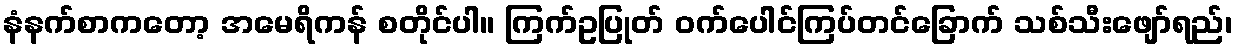
နံနက်စာကတော့ အမေရိကန် စတိုင်ပါ။ ကြက်ဥပြုတ် ဝက်ပေါင်ကြပ်တင်ခြောက် သစ်သီးဖျော်ရည်၊